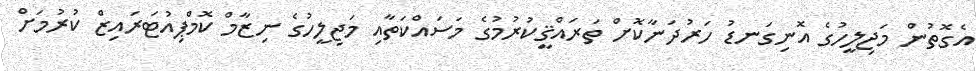
އެގޮތުން މަޖިލީހުގެ އޮނިގަނޑު ހަރުދަނާކޮށް ތަރައްޤީކުރުމުގެ މަސައްކަތާއި މަޖިލީހުގެ ނިޒާމް ކޮމްޕިއުޓަރައިޒް ކުރުމަށް